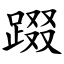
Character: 䟾